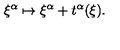
\xi ^ { \alpha } \mapsto \xi ^ { \alpha } + t ^ { \alpha } ( \xi ) .